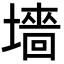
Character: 墻